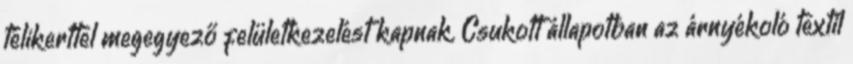
télikerttel megegyező felületkezelést kapnak. Csukott állapotban az árnyékoló textil